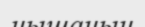
нышанын